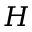
H